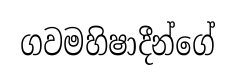
ගවමහිෂාදීන්ගේ